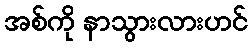
အစ်ကို နာသွားလားဟင်